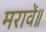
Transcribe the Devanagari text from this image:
मरावें॥